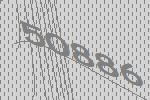
50886